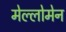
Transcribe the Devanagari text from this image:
मेल्लोमेन